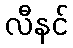
လီနင်